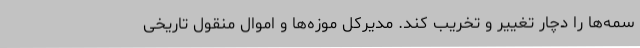
سمه‌ها را دچار تغییر و تخریب کند. مدیرکل موزه‌ها و اموال منقول تاریخی